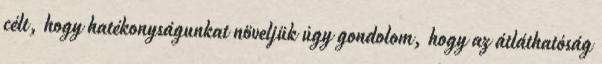
célt, hogy hatékonyságunkat növeljük úgy gondolom, hogy az átláthatóság